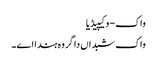
واک - وکیپیڈیا
واک شبداں دا گروہ ہندا اے۔